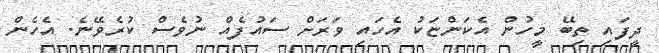
ދީފައި ތިބޭ މީހުން އެކަންޏަކު އެހައި ވަރަށް ސައުފެއް ނުވެސް ކުރެވޭނެ. އެހެން